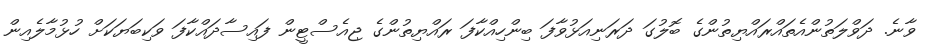
ވާނެ. ދަވްލަތުންއެތައްރައްޔިތުންގެ ބޮލުގަ ދަރަނިއަޅުވާފަ ބިންހިއްކާފަ ރައްޔިތުންގެ ޖިއެސްޓީން ފައިސާދައްކާފަ ވަކިބަޔަކަށް ހުޅުމާލެއިން